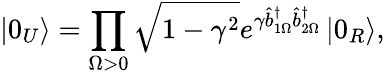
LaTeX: \left\vert 0_{U}\right\rangle=\prod_{\Omega>0}\sqrt{1-\gamma^{2}}e^{\gamma\hat{b}_{1\Omega}^{\dagger}\hat{b}_{2\Omega}^{\dagger}}\left\vert 0_{R}\right\rangle,